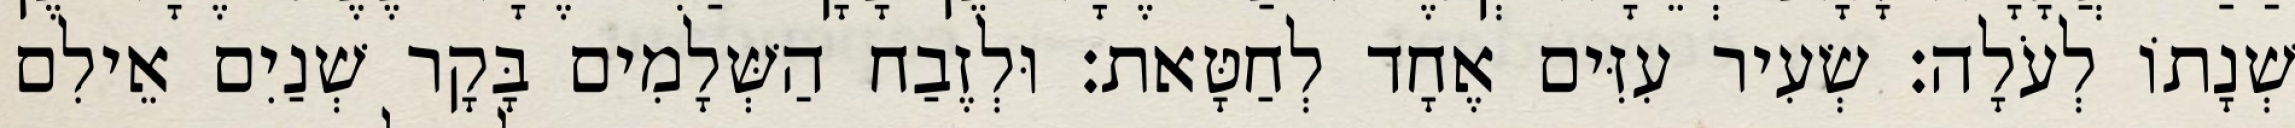
שְׁנָתוֹ לְעֹלָה׃ שְׂעִיר עִזִּים אֶחָד לְחַטָּאת׃ וּלְזֶבַח הַשְּׁלָמִים בָּקָר שְׁנַיִם אֵילִם